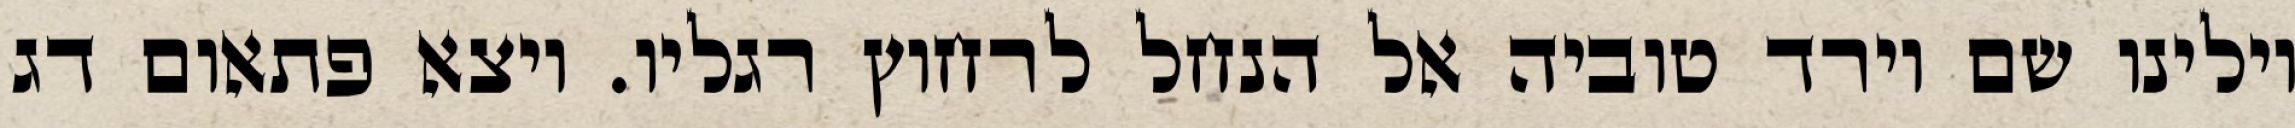
וילינו שם וירד טוביה אל הנחל לרחוץ רגליו. ויצא פתאום דג